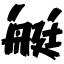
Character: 艇